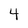
Character: 4